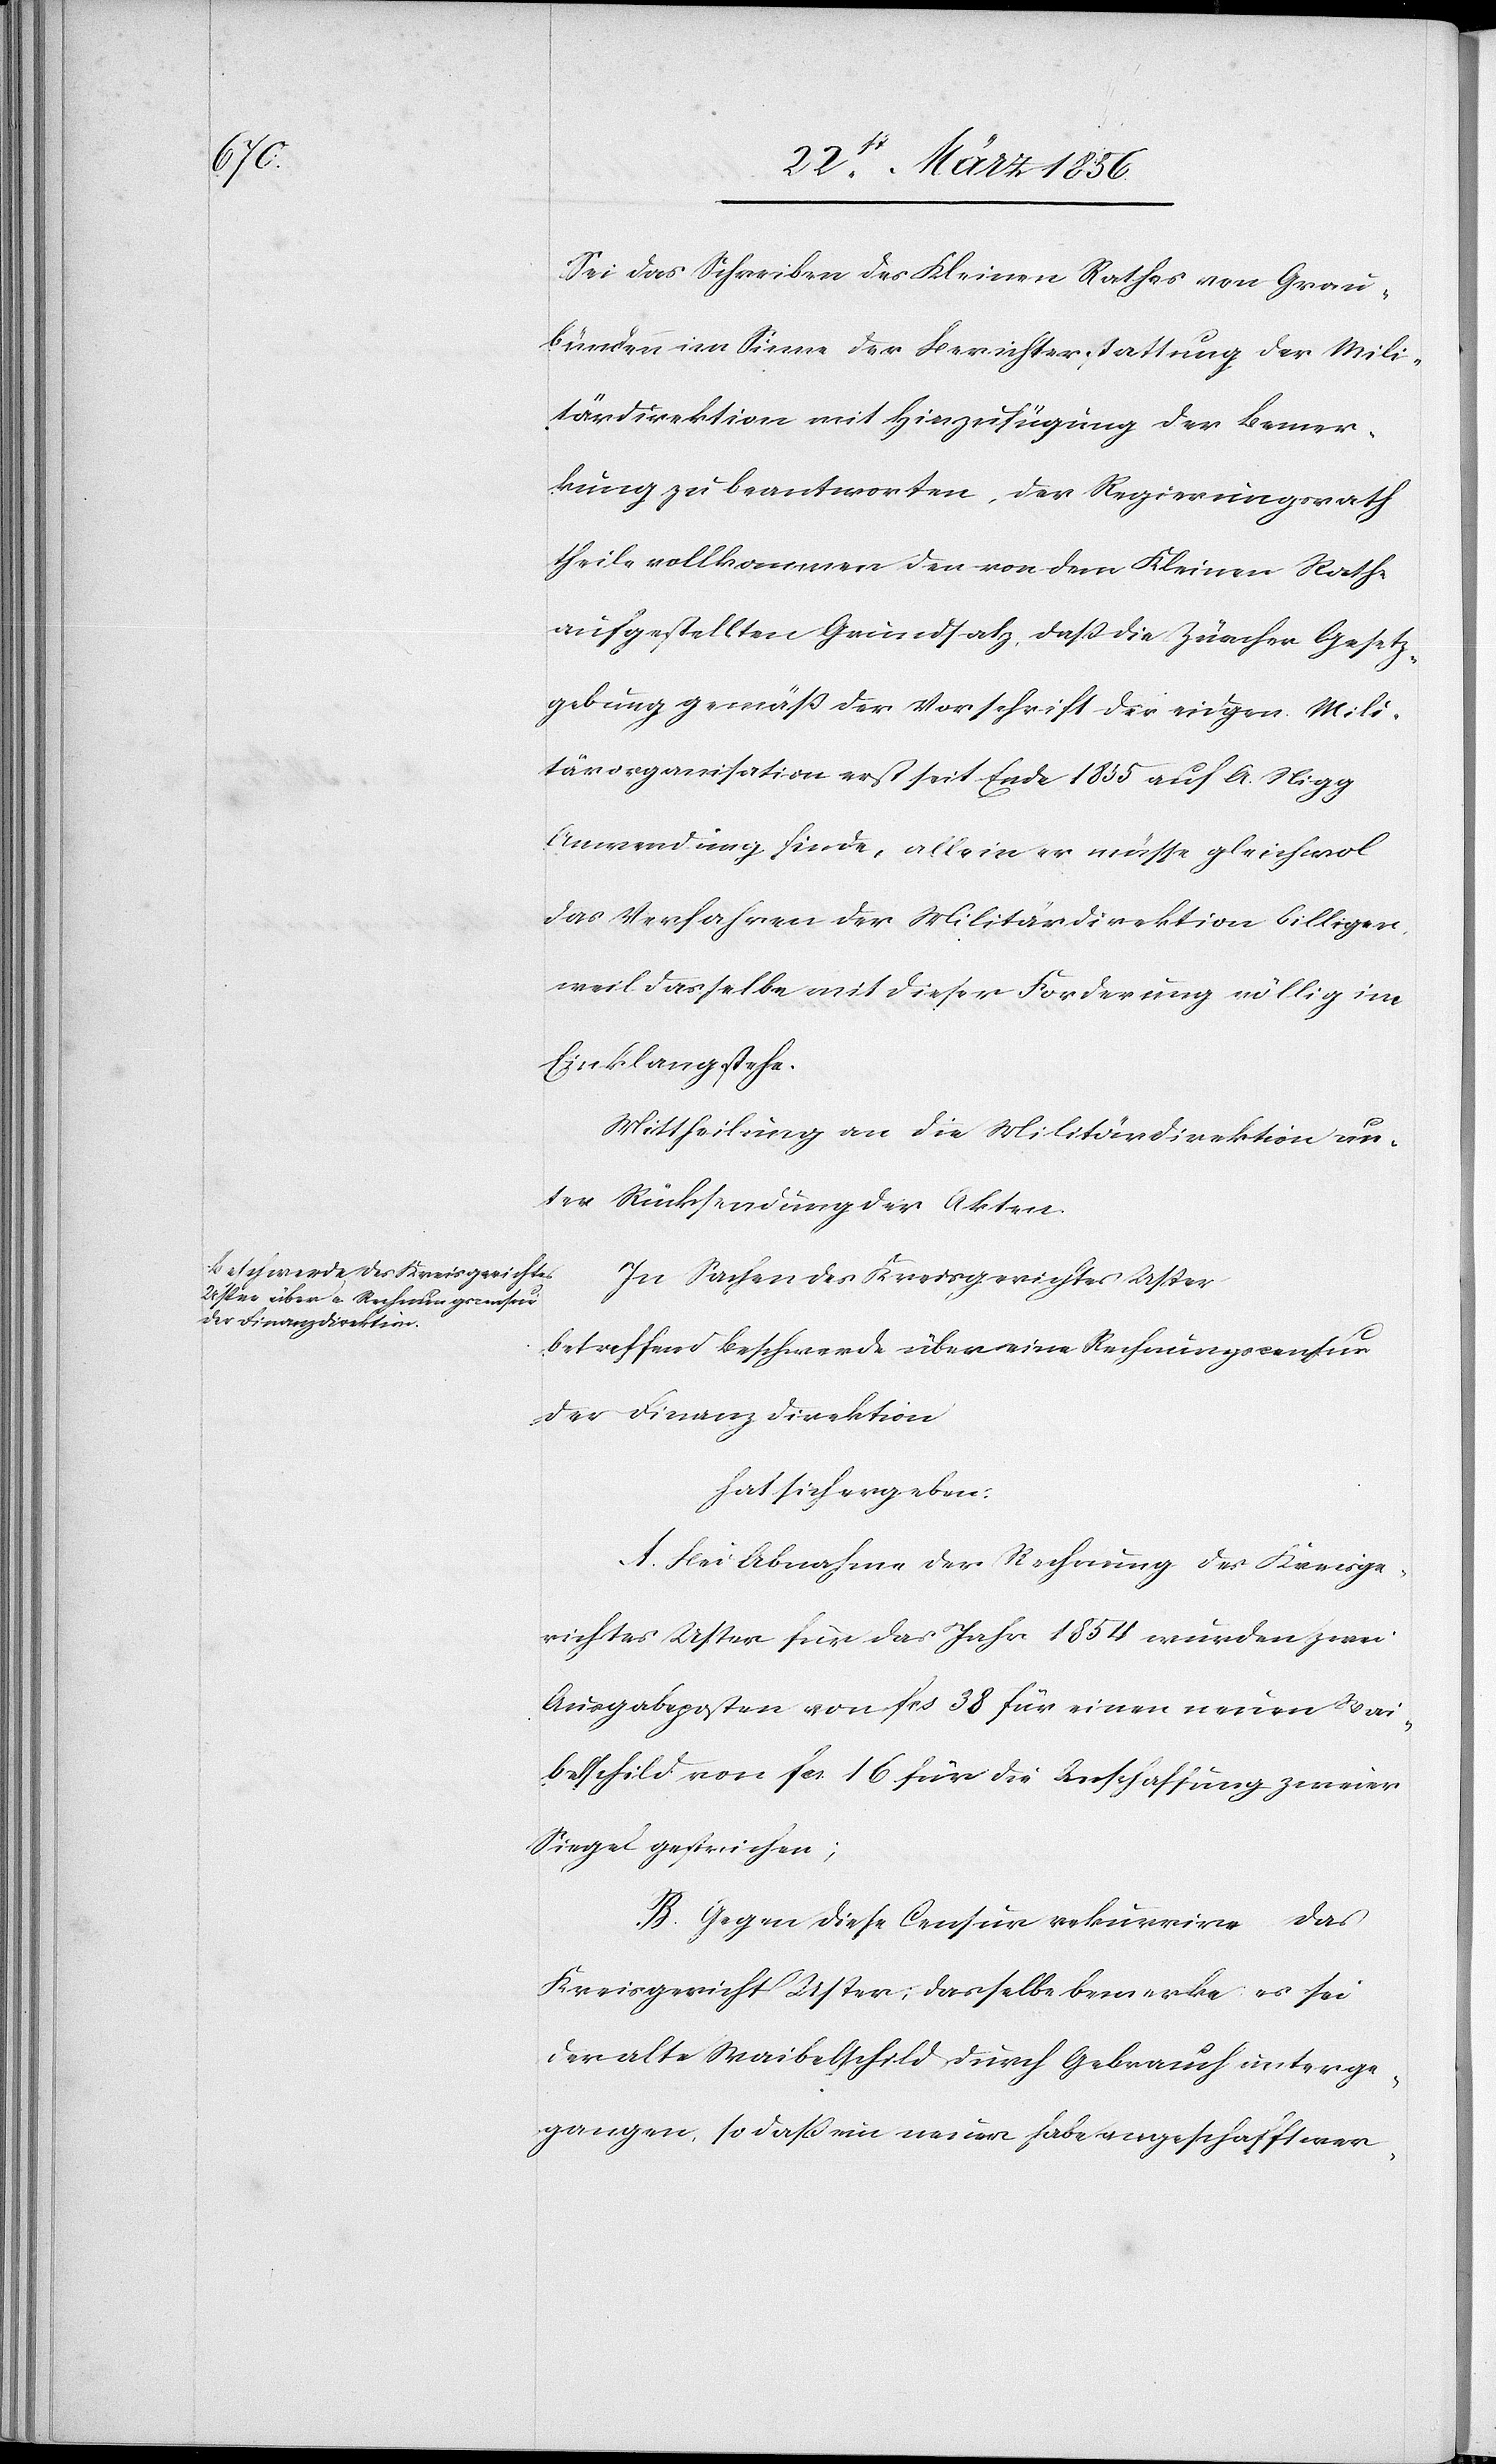
Sei das Schreiben des Kleinen Rathes von Grau¬
bünden im Sinne der Berichterstattung der Mili¬
tärdirektion mit Hinzufügung der Bemer¬
kung zu beantworten, der Regierungsrath
theile vollkommen den von dem Kleinen Rathe
aufgestellten Grundsatz, daß die Zürcher Gesetz¬
gebung gemäß der Vorschrift der eidgen. Mili¬
tärorganisation erst seit Ende 1855 auf A. Nigg
Anwendung finde, allein er müsse gleichwol
das Verfahren der Militärdirektion billigen,
weil dasselbe mit dieser Forderung völlig im
Einklang stehe.
Mittheilung an die Militärdirektion un¬
ter Rücksendung der Akten.
In Sachen des Kreisgerichtes Uster
betreffend Beschwerde über eine Rechnungscensur
der Finanzdirektion
hat sich ergeben:
A. Bei Abnahme der Rechnung des Kreisge¬
richtes Uster für das Jahr 1854 wurden zwei
Ausgabeposten von fcs 38 für einen neuen Wai¬
belschild von fcs. 16 für die Anschaffung zweier
Siegel gestrichen;
B. Gegen diese Censur rekurrire das
Kreisgericht Uster; dasselbe bemerke: es sei
der alte Waibelschild durch Gebrauch unterge¬
gangen, sodaß ein neuer habe angeschafft wer-